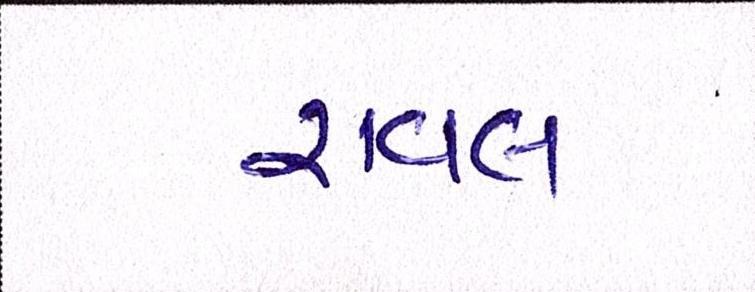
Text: રાવલ